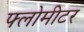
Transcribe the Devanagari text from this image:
फ्लोमीटर